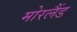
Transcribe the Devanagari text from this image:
मोरलैंड